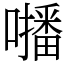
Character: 𡃓